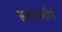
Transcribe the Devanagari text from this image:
स्तम्भशीर्ष